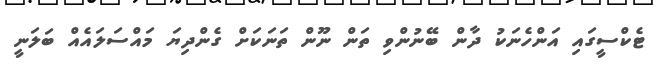
ޓެކްސީގައި އަންހެނަކު ދާން ބޭނުންވި ތަން ނޫން ތަނަކަށް ގެންދިޔަ މައްސަލައެއް ބަލަނީ